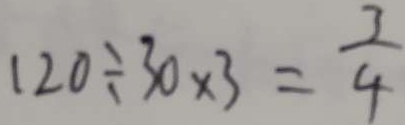
1 2 0 \div 3 0 \times 3 = \frac { 3 } { 4 }